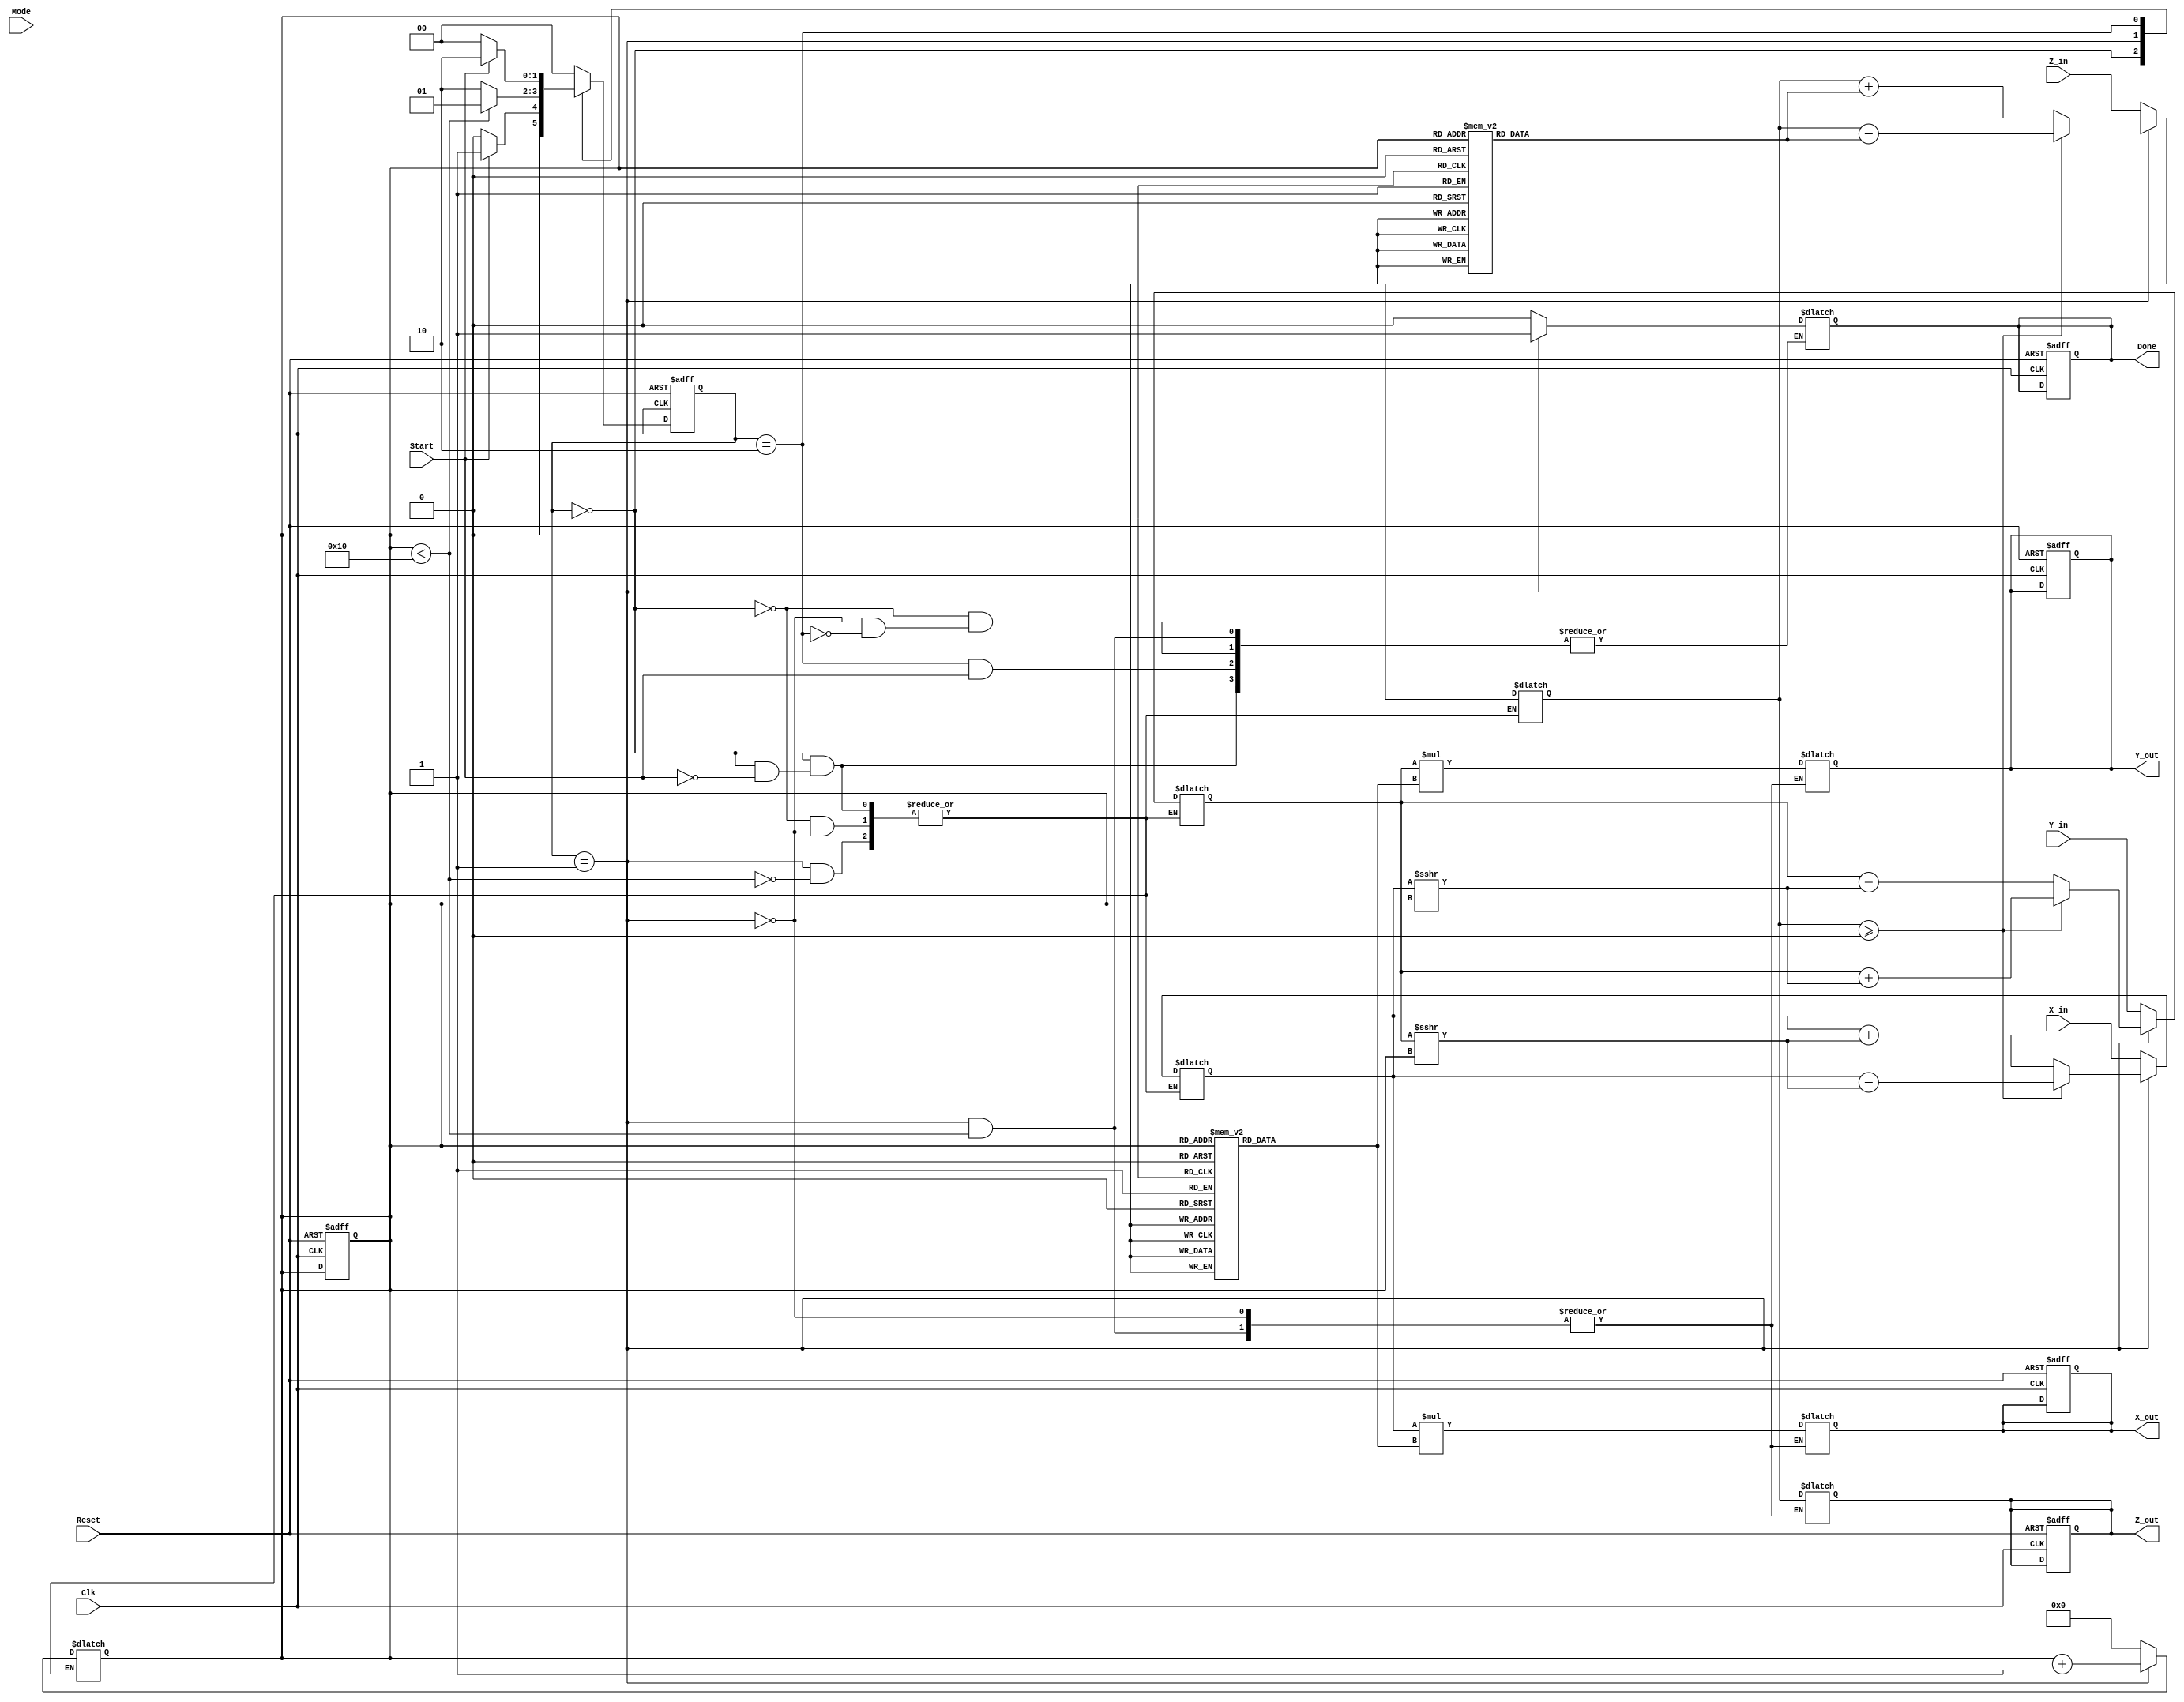
module CORDIC(
    input wire signed [15:0] X_in,   // Input x-coordinate
    input wire signed [15:0] Y_in,   // Input y-coordinate
    input wire signed [15:0] Z_in,    // Input angle or desired output of the rotation
    input wire [1:0] Mode,            // Operation mode (00: rotation, 01: vectoring, 10: hyperbolic)
    input wire Start,                  // Start signal
    input wire Clk,                    // Clock signal
    input wire Reset,                  // Asynchronous reset signal
    output reg signed [15:0] X_out,    // Output x-coordinate
    output reg signed [15:0] Y_out,    // Output y-coordinate
    output reg signed [15:0] Z_out,    // Output angle or result
    output reg Done                    // Completion signal
);

// Parameters
parameter NUM_ITERATIONS = 16; // Number of iterations
parameter ANGLE_WIDTH = 16;     // Width for angles
parameter FIXED_POINT_WIDTH = 16; // Width for fixed-point numbers

// Pre-computed values (Lookup tables)
reg signed [ANGLE_WIDTH-1:0] atan_table [0:NUM_ITERATIONS-1];
reg signed [FIXED_POINT_WIDTH-1:0] K_table [0:NUM_ITERATIONS-1];

// Registers for internal state
reg signed [FIXED_POINT_WIDTH-1:0] X_reg;
reg signed [FIXED_POINT_WIDTH-1:0] Y_reg;
reg signed [ANGLE_WIDTH-1:0] Z_reg;
reg [3:0] iteration_count; // Counter for iterations
reg [1:0] state;           // FSM State
reg [1:0] next_state;

// State encoding
parameter IDLE = 2'b00;
parameter COMPUTE = 2'b01;
parameter DONE_STATE = 2'b10;

// Initialize lookup tables (example values)
initial begin
    // Populate atan_table and K_table with pre-computed values
    // Example values for atan_table (in fixed-point format)
    atan_table[0] = 16'h0000; // atan(0)
    atan_table[1] = 16'h3C90; // atan(1/2)
    atan_table[2] = 16'h3D70; // atan(1/4)
    // Add more values as needed...

    // Example scaling factors (K values)
    K_table[0] = 16'h1FFF; // K0
    K_table[1] = 16'h1FFF; // K1
    // Add more values as needed...
end

// FSM for CORDIC operation
always @(posedge Clk or posedge Reset) begin
    if (Reset) begin
        state <= IDLE;
        iteration_count <= 0;
        Done <= 0;
        X_out <= 0;
        Y_out <= 0;
        Z_out <= 0;
    end else begin
        state <= next_state;
    end
end

// State transition and output logic
always @(*) begin
    case(state)
        IDLE: begin
            if (Start) begin
                X_reg = X_in;
                Y_reg = Y_in;
                Z_reg = Z_in;
                iteration_count = 0;
                Done = 0;
                next_state = COMPUTE;
            end else begin
                next_state = IDLE;
            end
        end
        
        COMPUTE: begin
            if (iteration_count < NUM_ITERATIONS) begin
                // CORDIC rotation logic
                if (Z_reg >= 0) begin
                    X_reg <= X_reg - (Y_reg >>> iteration_count);
                    Y_reg <= Y_reg + (X_reg >>> iteration_count);
                    Z_reg <= Z_reg - atan_table[iteration_count];
                end else begin
                    X_reg <= X_reg + (Y_reg >>> iteration_count);
                    Y_reg <= Y_reg - (X_reg >>> iteration_count);
                    Z_reg <= Z_reg + atan_table[iteration_count];
                end
                iteration_count <= iteration_count + 1;
                next_state = COMPUTE;
            end else begin
                X_out <= X_reg * K_table[iteration_count]; // Apply scaling
                Y_out <= Y_reg * K_table[iteration_count]; // Apply scaling
                Z_out <= Z_reg;
                Done <= 1;
                next_state = DONE_STATE;
            end
        end
        
        DONE_STATE: begin
            if (!Start) begin
                Done <= 0;
                next_state = IDLE;
            end else begin
                next_state = DONE_STATE;
            end
        end
        
        default: next_state = IDLE;
    endcase
end

endmodule